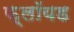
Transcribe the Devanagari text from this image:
फ़्लॉयड